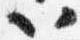
以